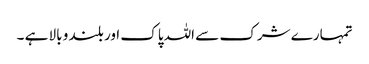
تمہارے شرک سے اللہ پاک اور بلند و بالا ہے ۔